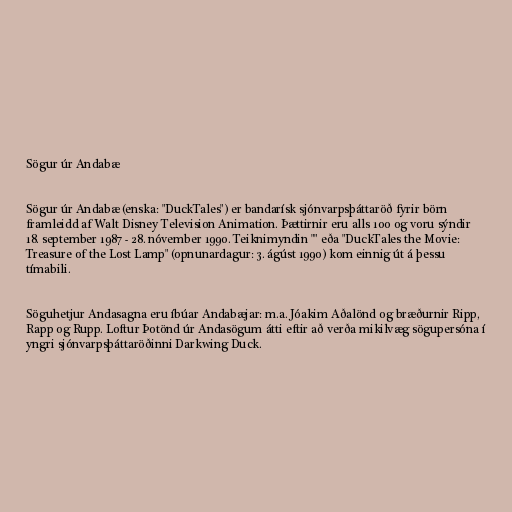
Sögur úr Andabæ

Sögur úr Andabæ (enska: "DuckTales") er bandarísk sjónvarpsþáttaröð fyrir börn
framleidd af Walt Disney Television Animation. Þættirnir eru alls 100 og voru sýndir
18. september 1987 - 28. nóvember 1990. Teiknimyndin "" eða "DuckTales the Movie:
Treasure of the Lost Lamp" (opnunardagur: 3. ágúst 1990) kom einnig út á þessu
tímabili.

Söguhetjur Andasagna eru íbúar Andabæjar: m.a. Jóakim Aðalönd og bræðurnir Ripp,
Rapp og Rupp. Loftur Þotönd úr Andasögum átti eftir að verða mikilvæg sögupersóna í
yngri sjónvarpsþáttaröðinni Darkwing Duck.